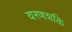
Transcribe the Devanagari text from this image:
वरणशक्ति